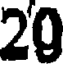
20